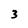
Character: 3